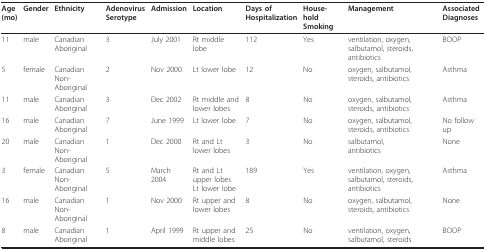
<table><thead><tr><td><b>Age(mo)</b></td><td><b>Gender</b></td><td><b>Ethnicity</b></td><td><b>AdenovirusSerotype</b></td><td><b>Admission</b></td><td><b>Location</b></td><td><b>Days of Hospitalization</b></td><td><b>House-hold Smoking</b></td><td><b>Management</b></td><td><b>Associated Diagnoses</b></td></tr></thead><tbody><tr><td>11</td><td>male</td><td>Canadian Aboriginal</td><td>3</td><td>July 2001</td><td>Rt middle lobe</td><td>112</td><td>Yes</td><td>ventilation, oxygen,salbutamol, steroids,antibiotics</td><td>BOOP</td></tr><tr><td>5</td><td>female</td><td>Canadian Non-Aboriginal</td><td>2</td><td>Nov 2000</td><td>Lt lower lobe</td><td>12</td><td>No</td><td>oxygen, salbutamol,steroids, antibiotics</td><td>Asthma</td></tr><tr><td>11</td><td>male</td><td>Canadian Aboriginal</td><td>3</td><td>Dec 2002</td><td>Rt middle and lower lobes</td><td>8</td><td>No</td><td>oxygen, salbutamol,steroids, antibiotics</td><td>Asthma</td></tr><tr><td>16</td><td>male</td><td>Canadian Aboriginal</td><td>7</td><td>June 1999</td><td>Lt lower lobe</td><td>7</td><td>No</td><td>oxygen, salbutamol, steroids, antibiotics</td><td>No follow up</td></tr><tr><td>20</td><td>male</td><td>Canadian Non- Aboriginal</td><td>1</td><td>Dec 2000</td><td>Rt and Lt lower lobes</td><td>3</td><td>No</td><td>salbutamol,antibiotics</td><td>None</td></tr><tr><td>3</td><td>female</td><td>Canadian Non-Aboriginal</td><td>5</td><td>March 2004</td><td>Rt and Lt upper lobesLt lower lobe</td><td>189</td><td>Yes</td><td>ventilation, oxygen, salbutamol, steroids, antibiotics</td><td>Asthma</td></tr><tr><td>16</td><td>male</td><td>Canadian Non-Aboriginal</td><td>1</td><td>Nov 2000</td><td>Rt upper and lower lobes</td><td>8</td><td>No</td><td>oxygen, salbutamol, steroids, antibiotics</td><td>None</td></tr><tr><td>8</td><td>male</td><td>Canadian Aboriginal</td><td>1</td><td>April 1999</td><td>Rt upper and middle lobes</td><td>25</td><td>No</td><td>ventilation, oxygen, salbutamol, steroids</td><td>BOOP</td></tr></tbody></table>